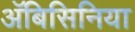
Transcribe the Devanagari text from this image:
अॅबिसिनिया